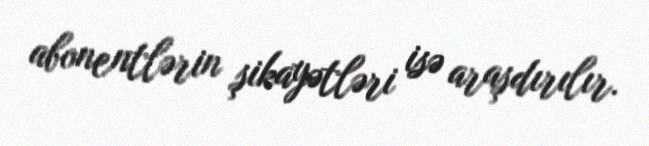
abonentlərin şikayətləri isə araşdırılır.